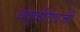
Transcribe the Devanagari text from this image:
बंदुकीऐवजी